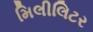
મિલીલિટર